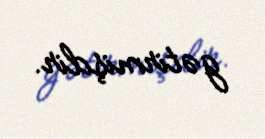
gətirmişdir.